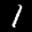
Label: 1